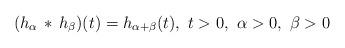
LaTeX: \begin{align*}(h_\alpha\, *\, h_\beta)(t) = h_{\alpha+\beta}(t),\ t>0,\ \alpha>0,\ \beta >0\end{align*}